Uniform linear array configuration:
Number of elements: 16
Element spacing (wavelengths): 1
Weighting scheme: uniform
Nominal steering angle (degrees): -45
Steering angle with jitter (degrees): -43.755
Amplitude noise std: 0.05
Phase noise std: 0.05

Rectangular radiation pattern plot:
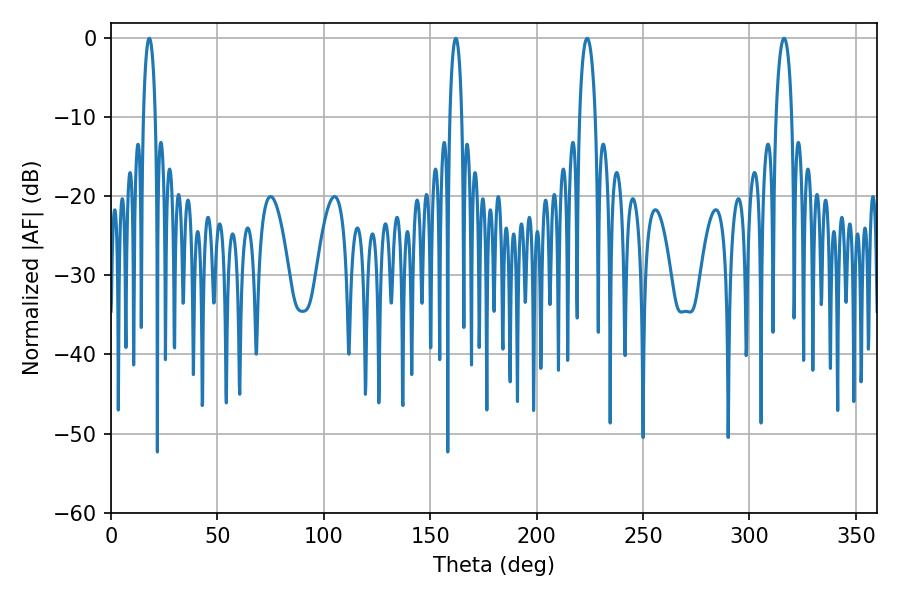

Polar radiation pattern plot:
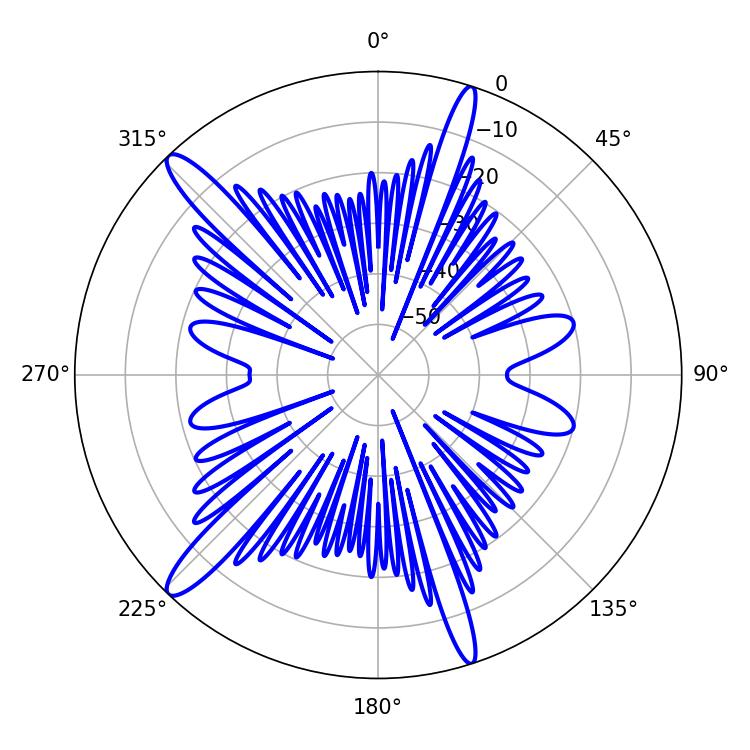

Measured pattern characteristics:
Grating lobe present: TRUE
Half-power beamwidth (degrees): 4.14
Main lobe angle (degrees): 223.74